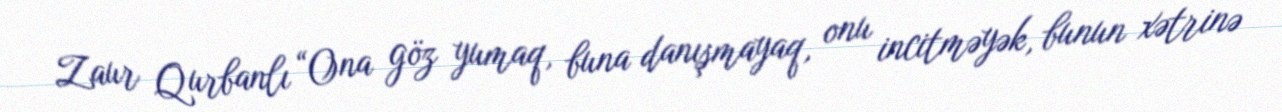
Zaur Qurbanlı “Ona göz yumaq, buna danışmayaq, onu incitməyək, bunun xətrinə